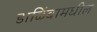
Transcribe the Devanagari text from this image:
डाळिंबामधील